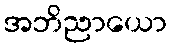
အဘိညာယော